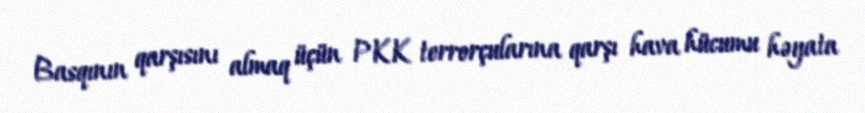
Basqının qarşısını almaq üçün PKK terrorçularına qarşı hava hücumu həyata